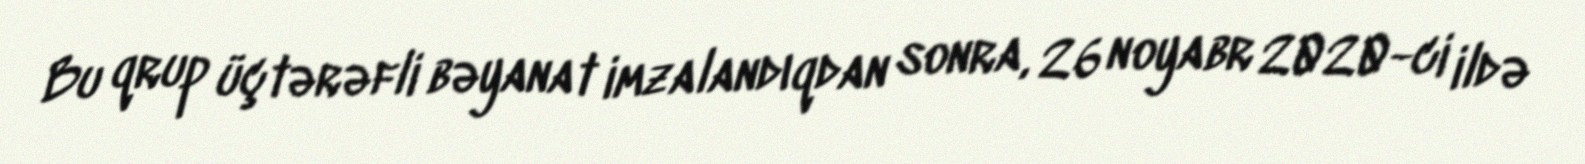
Bu qrup üçtərəfli bəyanat imzalandıqdan sonra, 26 noyabr 2020-ci ildə